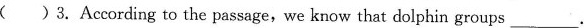
( )3.According to the passage, we know that dolphin groups ___.